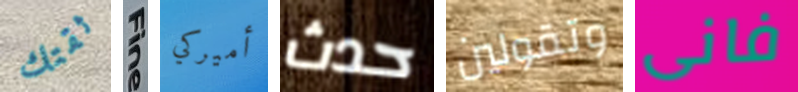
ثقتك Fine أميركي حدث وتقولين فانى